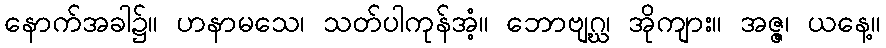
နောက်အခါ၌။ ဟနာမသေ၊ သတ်ပါကုန်အံ့။ ဘောဗျဂ္ဃ၊ အိုကျား။ အဇ္ဇ၊ ယနေ့။